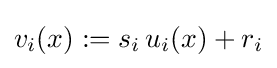
v_{i}(x):=s_{i}\,u_{i}(x)+r_{i}